Vaccination in Bombay 1889-1901 - 1889-1901
Year: 1889
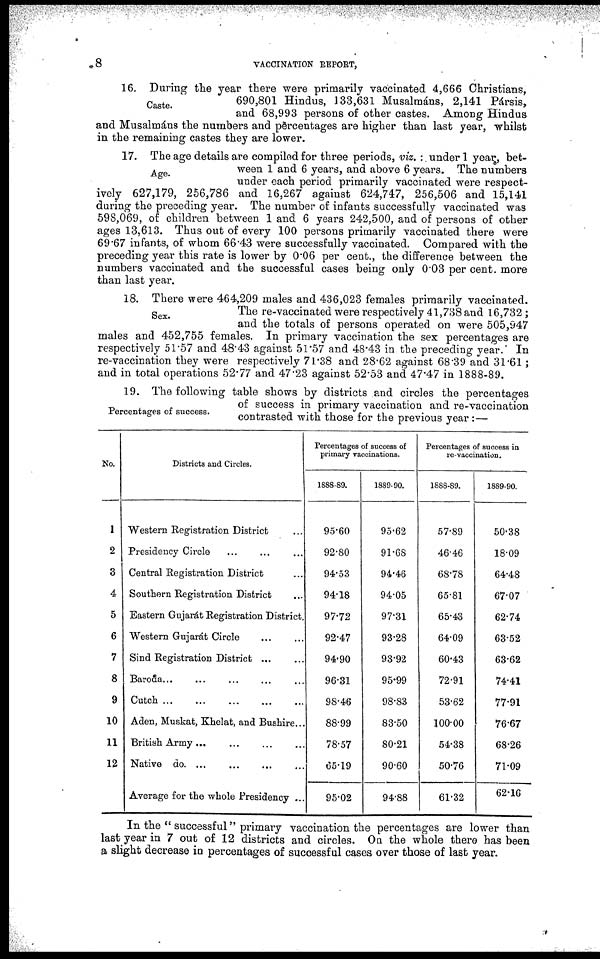
8
VACCINATION REPORT,
Caste.
16. During the year there were primarily vaccinated 4,666 Christians,
690,801 Hindus, 133,631 Musalmáns, 2,141 Pársis,
and 68,993 persons of other castes. Among Hindus
and Musalmáns the numbers and percentages are higher than last year, whilst
in the remaining castes they are lower.
Age.
17. The age details are compiled for three periods, viz. : under 1 year, bet-
ween 1 and 6 years, and above 6 years. The numbers
under each period primarily vaccinated were respect-
ively 627,179, 256,786 and 16,267 against 624,747, 256,506 and 15,141
during the preceding year. The number of infants successfully vaccinated was
598,069, of children between 1 and 6 years 242,500, and of persons of other
ages 13,613. Thus out of every 100 persons primarily vaccinated there were
69.67 infants, of whom 66.43 were successfully vaccinated. Compared with the
preceding year this rate is lower by 0.06 per cent., the difference between the
numbers vaccinated and the successful cases being only 0.03 per cent. more
than last year.
Sex.
18. There were 464,209 males and 436,023 females primarily vaccinated.
The re-vaccinated were respectively 41,738 and 16,732 ;
and the totals of persons operated on were 505,947
males and 452,755 females. In primary vaccination the sex percentages are
respectively 51.57 and 48.43 against 51.57 and 48.43 in the preceding year.' In
re-vaccination they were respectively 71.38 and 28.62 against 68.39 and 31.61;
and in total operations 52.77 and 47.23 against 52.53 and 47.47 in 1888-89.
Percentages of success.
19. The following table shows by districts and circles the percentages
of success in primary vaccination and re-vaccination
contrasted with those for the previous year:—
No.
1
2
3
4
5
6
7
8
9
10
11
12
Districts and Circles.
Western Registration District ...
Presidency Circle ... ... ...
Central Registration District ...
Southern Registration District.
Eastern Gujarát Registration District.
Western Gujarát Circle ... ...
Sind Registration District ... ...
Baroda... ... ... ... ...
Cutch
...
...
...
...
...
Aden, Muskat, Khelat, and Bushire...
British Army ... ... ... ...
Native
do. ... ... ... ...
Average for the whole Presidency ...
Percentages of success of
primary vaccinations.
1888-89.
95.60
92.80
94.53
94.18
97.72
92.47
94.90
96.31
98.46
88.99
78.57
65.19
95.02
1889-90.
95.62
91.68
94.46
94.05
97.31
93.28
93.92
95.99
98.83
83.50
80.21
90.60
94.88
Percentages of success in
re-vaccination.
1888-89.
57.89
46.46
68.78
65.81
65.43
64.09
60.43
72.91
53.62
100.00
54.38
50.76
61.32
1889-90.
50.38
18.09
64.48
67.07
62.74
63.52
63.62
74.41
77.91
76.67
68.26
71.09
62.16
In the " successful" primary vaccination the percentages are lower than
last year in 7 out of 12 districts and circles. On the whole there has been
a slight decrease in percentages of successful cases over those of last year.